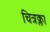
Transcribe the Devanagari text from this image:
चित्रक्ला